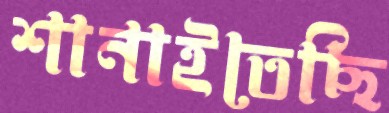
শানাইতেছি